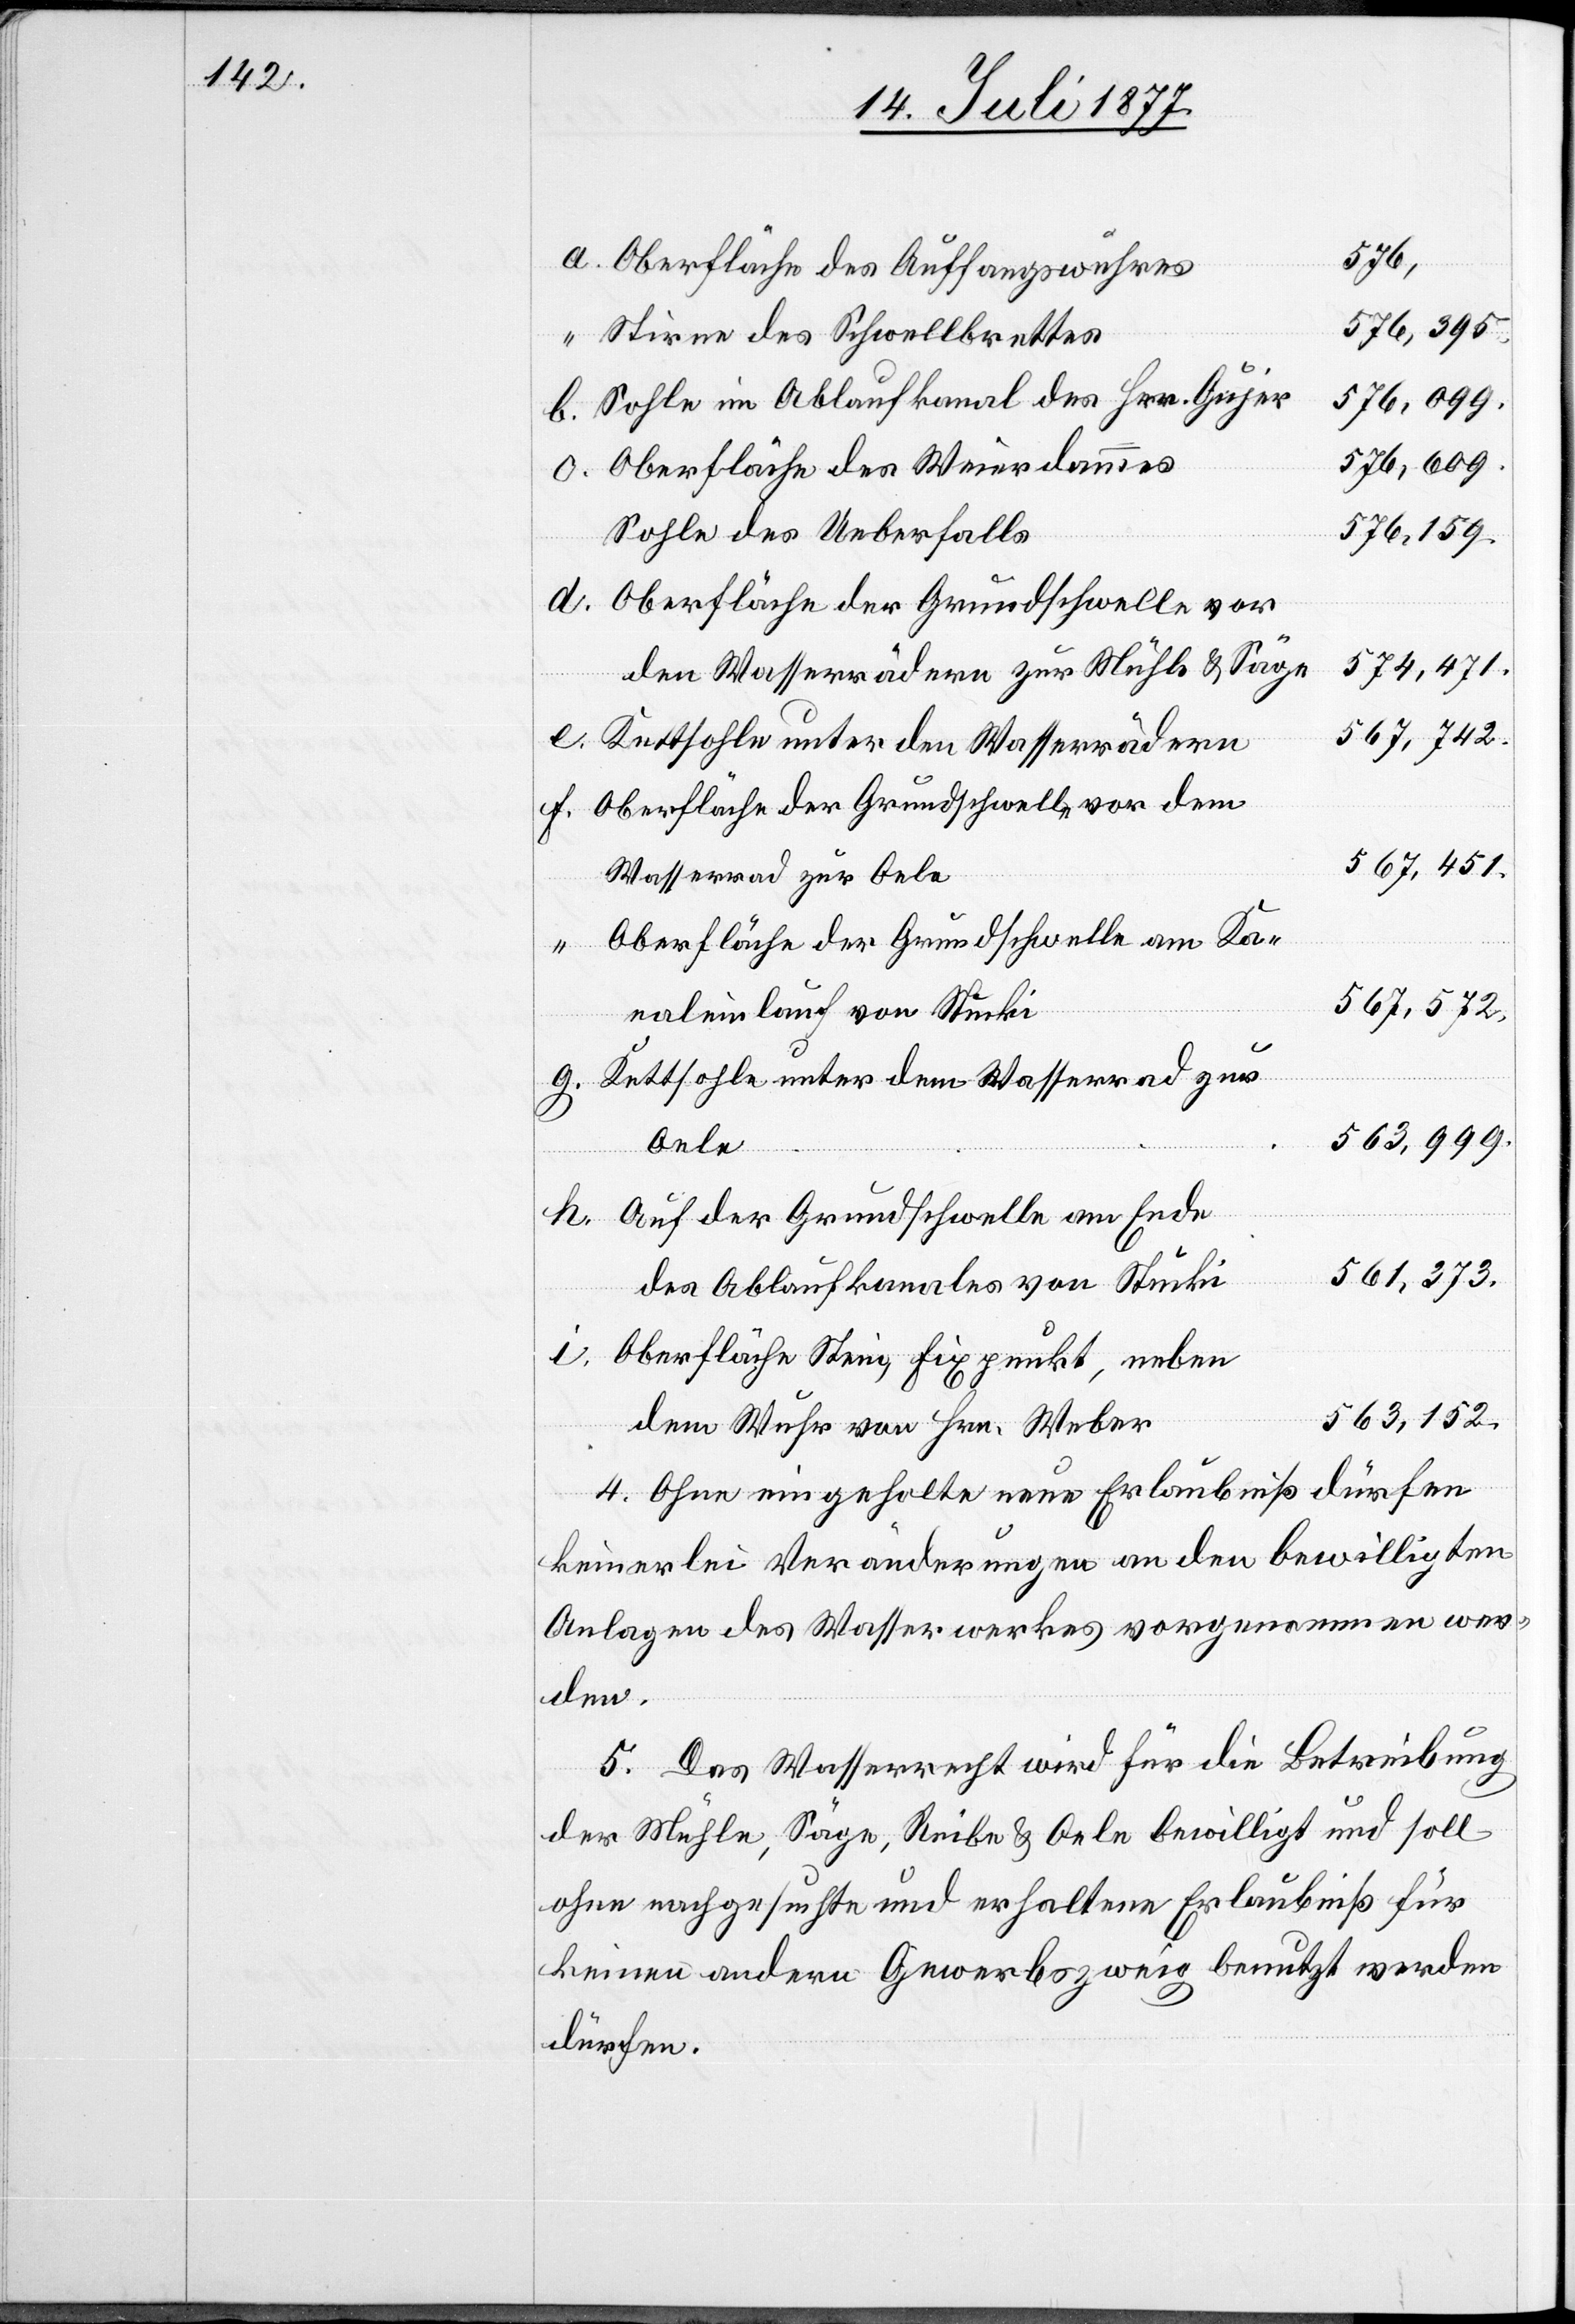
576,
Oberfläche des Auffangswuhres
576,395
Stirne des Schwellbrettes
576,099.
Sohle im Ablaufkanal des Hrn. Gujer
576,609.
Oberfläche des Weierdammes
576,159.
Sohle des Ueberfalls
Oberfläche der Grundschwelle vor
574,471.
den Wasserrädern zur Mühle & Säge
567,742.
Kettsohle unter den Wasserrädern
567,451.
Wasserrad zur Oele
Oberfläche der Grundschwelle am Ka¬
567,572.
naleinlauf von Stucki
Kettsohle unter dem Wasserrad zur
563,999.
Oele
Auf der Grundschwelle am Ende
561,373.
des Ablaufkanales von Stucki
Oberfläche Stein, Fixpunkt, neben
563,152.
dem Wuhr von Hrn. Weber
4. Ohne eingeholte neue Erlaubniß dürfen
keinerlei Veränderungen an den bewilligten
Anlagen des Wasserwerkes vorgenommen wer¬
den.
5. Das Wasserrecht wird für die Betreibung
der Mühle, Säge, Reibe & Oele bewilligt und soll
ohne nachgesuchte und erhaltene Erlaubniß für
keinen andern Gewerbszweig benutzt werden
dürfen.